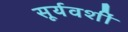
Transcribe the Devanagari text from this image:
सूर्यवशीं